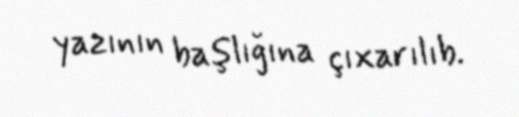
yazının başlığına çıxarılıb.